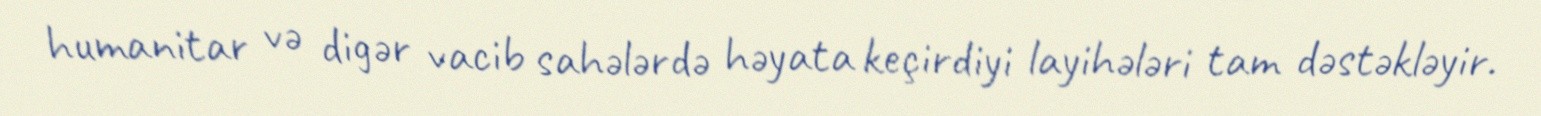
humanitar və digər vacib sahələrdə həyata keçirdiyi layihələri tam dəstəkləyir.